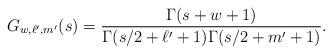
LaTeX: \begin{align*}G_{w,\ell',m'}(s) = \frac{\Gamma(s+w+1)}{\Gamma(s/2+\ell'+1)\Gamma(s/2+m'+1)}.\end{align*}